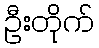
ဦးတိုက်